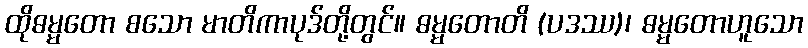
ထိုဓမ္မတော စသော မာတိကာပုဒ်တို့တွင်။ ဓမ္မတောတိ (ပဒဿ)၊ ဓမ္မတောဟူသော